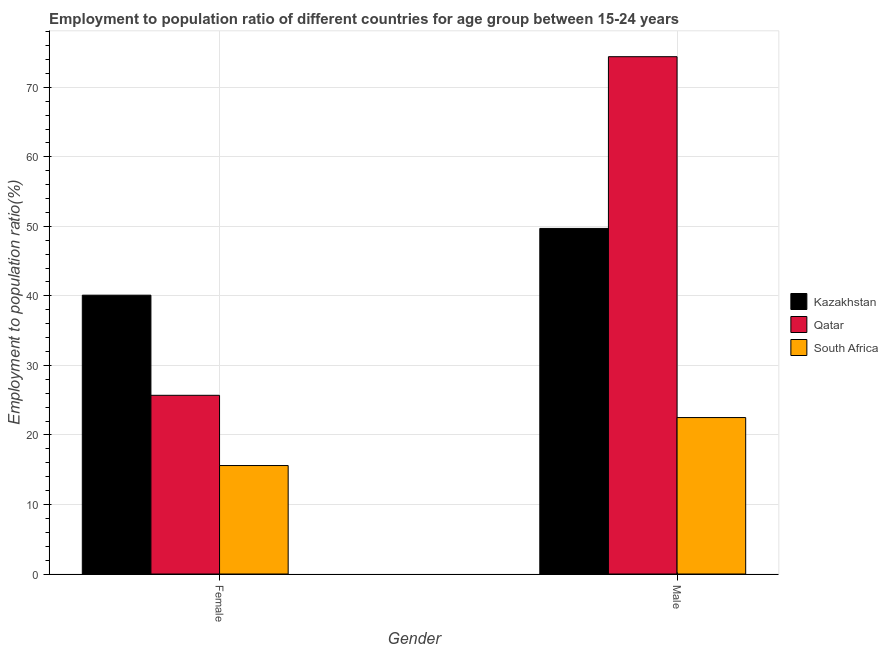
| Gender | Kazakhstan | Qatar | South Africa |
 | --- | --- | --- | --- |
 | Female | 40.1 | 25.7 | 15.6 |
 | Male | 49.7 | 74.4 | 22.5 |